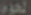
الحزب